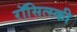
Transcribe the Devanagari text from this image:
रॉसित्स्की